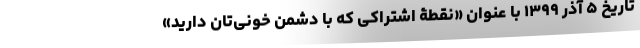
تاریخ ۵ آذر ۱۳۹۹ با عنوان «نقطۀ اشتراکی که با دشمن خونی‌تان دارید»